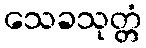
သေခသုတ္တံ